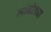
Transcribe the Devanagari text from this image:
लांबोड्या